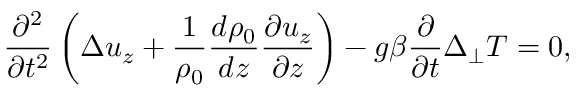
\frac { \partial ^ { 2 } } { \partial t ^ { 2 } } \left( \Delta u _ { z } + \frac { 1 } { \rho _ { 0 } } \frac { d \rho _ { 0 } } { d z } \frac { \partial u _ { z } } { \partial z } \right) - g \beta \frac { \partial } { \partial t } \Delta _ { \perp } T = 0 ,